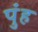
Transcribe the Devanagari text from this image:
पुंह